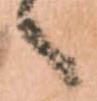
へ